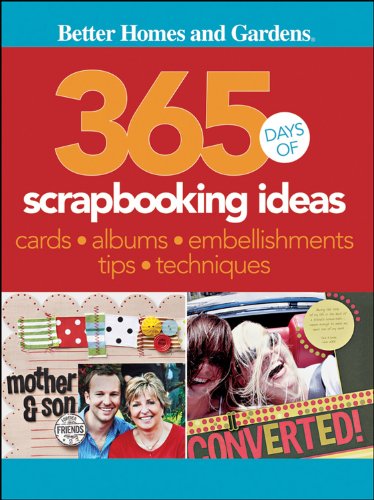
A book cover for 365 Days of Scrapbooking Ideas (Better Homes and Gardens Cooking); Better Homes and Gardens; Crafts, Hobbies & Home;